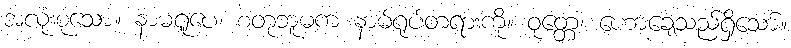
အလုံးစုံသော။ နာမရူပေ၊ စတုဘူမက နာမ်ရုပ်တရားကို။ ဝုတ္တေ၊ ဟောချေသည်ရှိသော်။